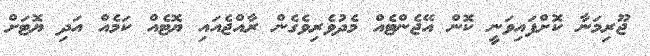
ޖޫރިމަނާ ކޮށްފައިވަނީ ކޮން އޭޖެންޓެއް މެދުވެރިވެގެން ރާއްޖެއައި ޔޮޓެއް ކަމެއް އަދި ޔޮޓަށް